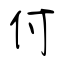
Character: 付